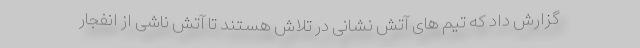
گزارش داد که تیم های آتش نشانی در تلاش هستند تا آتش ناشی از انفجار